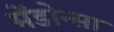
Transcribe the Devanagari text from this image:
मेंडोन्सा